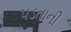
પડતાની